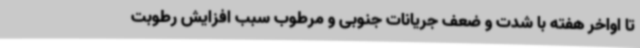
تا اواخر هفته با شدت و ضعف جریانات جنوبی و مرطوب سبب افزایش رطوبت